Medical and sanitary report on the native army of Bombay for the year
Year: 1877
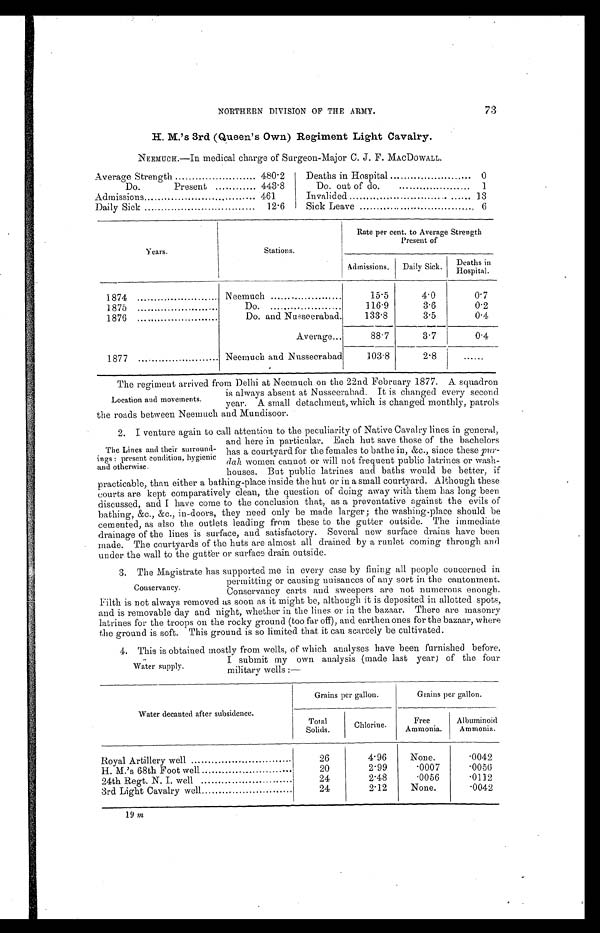
NORTHERN DIVISION OF THE ARMY.
73
H. M.'s 3rd (Queen's Own) Regiment Light Cavalry.
NEEMUCH.—In medical charge of Surgeon-Major C. J. F. MACDOWALL.
Average Strength
480.2
Deaths in Hospital
0
Do.
Present
443.8
Do out of do.
1
Admissions
461
Invalided
13
Daily Sick
12.6
Sick Leave
6
Years.
Stations.
Rate per cent. to Average Strength
Present of
Admissions.
Daily Sick.
Deaths in H o s p i t a l
1874
Neemuch
15.5
4.0
0.7
1875
Do.
116.9
3.6
0.2
1876
Do. and Nusseerabad
133.8
3.5
0.4
Average
88.7
3.7
0.4
1877
Neemuch and Nusseerabad
103.8
2.8
......
Location and movements.
The regiment arrived from Delhi at Neemuch on the 22nd February 1877. A squadron
is always absent at Nusseerabad. It is changed every second
year. A small detachment, which is changed monthly, patrols
the roads between Neemuch and Mundisoor.
The Lines and their surround-
ings : present condition, hygienic
and otherwise.
2.
I venture again to call attention to the peculiarity of Native Cavalry lines in general,
and here in particular. Each hut save those of the bachelors
has a courtyard for the females to bathe in, &c., since these pur-
dah women cannot or will not frequent public latrines or wash-
houses. But public latrines and baths would be better, if
practicable, than either a bathing-place inside the hut or in a small courtyard. Although these
courts are kept comparatively clean, the question of doing away with them has long been
discussed, and I have come to the conclusion that, as a preventative against the evils of
bathing, &c., &c., in-doors, they need only be made larger; the washing-place should be
cemented, as also the outlets leading from these to the gutter outside. The immediate
drainage of the lines is surface, and satisfactory. Several new surface drains have been
made. The courtyards of the huts are almost all drained by a runlet coming through and
under. the wall to the gutter or surface drain outside.
Conservancy.
3. The Magistrate has supported me in every case by fining all people concerned in
permitting or causing nuisances of any sort in the cantonment.
Conservancy carts and sweepers are not numerous enough.
Filth is not always removed as soon as it might be, although it is deposited in allotted spots,
and is removable day and night, whether in the lines or in the bazaar. There are masonry
latrines for the troops on the rocky ground (too far off), and earthen ones for the bazaar, where
the ground is soft. This ground is so limited that it can scarcely be cultivated.
Water supply.
4. This is obtained mostly from wells, of which analyses have been furnished before.
I submit my own analysis (made last year) of the four
military wells :—
Water decanted after subsidence.
Grains per gallon.
Grains per gallon.
Total
Solids.
Chlorine.
Free
Ammonia.
Albuminoid
Ammonia.
Royal Artillery well
26
4.96
None.
.0042
H. M.'s 68th Foot well
20
2.99
. 0 0 0 7
.0056
24th Regt. N. I. well
24
2.48
. 0 0 5 6
.0112
3rd Light Cavalry well
24
2.12
None.
.0042
19 m